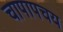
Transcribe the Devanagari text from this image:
चापापचय